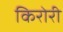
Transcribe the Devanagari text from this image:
किरोरी